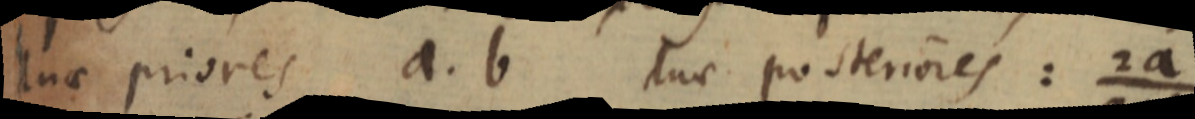
duae priores a. b duae posteriores: 2a